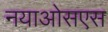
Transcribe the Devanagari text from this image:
नयाओसएस